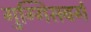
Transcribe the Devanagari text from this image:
गुग्गिसबर्ग